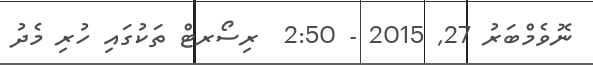
ނޮވެމްބަރު 27